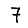
Digit: 7